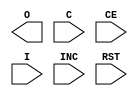
// $Header: /devl/xcs/repo/env/Databases/CAEInterfaces/verplex_libs/data/simprims/Attic/X_IDELAY.v,v 1.1.2.1 2004/09/28 20:47:46 wloo Exp $

`timescale  1 ps / 1 ps

module X_IDELAY (O, C, CE, I, INC, RST);

    output O;
    input C;
    input CE;
    input I;
    input INC;
    input RST;
    parameter IOBDELAY_TYPE = "DEFAULT";    
    parameter IOBDELAY_VALUE = 0;

endmodule // X_IDELAY